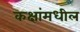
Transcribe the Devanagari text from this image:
कक्षांमधील